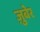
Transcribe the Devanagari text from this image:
ज़ुबेर